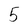
Character: 5